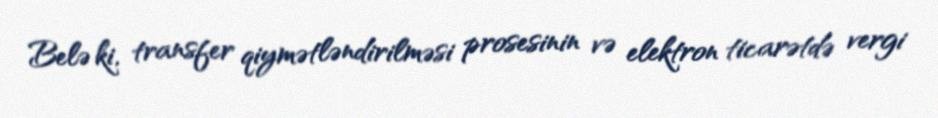
Belə ki, transfer qiymətləndirilməsi prosesinin və elektron ticarətdə vergi